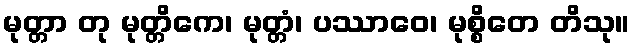
မုတ္တာ တု မုတ္တိကေ၊ မုတ္တံ၊ ပဿာဝေ၊ မုစ္စိတေ တိသု။